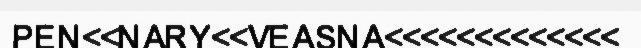
PEN<<NARY<<VEASNA<<<<<<<<<<<<<